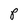
Character: P